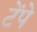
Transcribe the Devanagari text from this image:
टेंपे